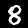
Digit: 8